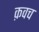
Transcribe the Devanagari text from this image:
क़वच